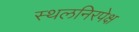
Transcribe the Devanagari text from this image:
स्थलनिरपेक्ष